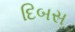
દિબસ